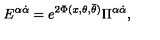
{ E } ^ { \alpha \dot { \alpha } } = e ^ { 2 \Phi ( x , \theta , \bar { \theta } ) } \Pi ^ { \alpha \dot { \alpha } } ,